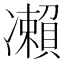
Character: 𠘝